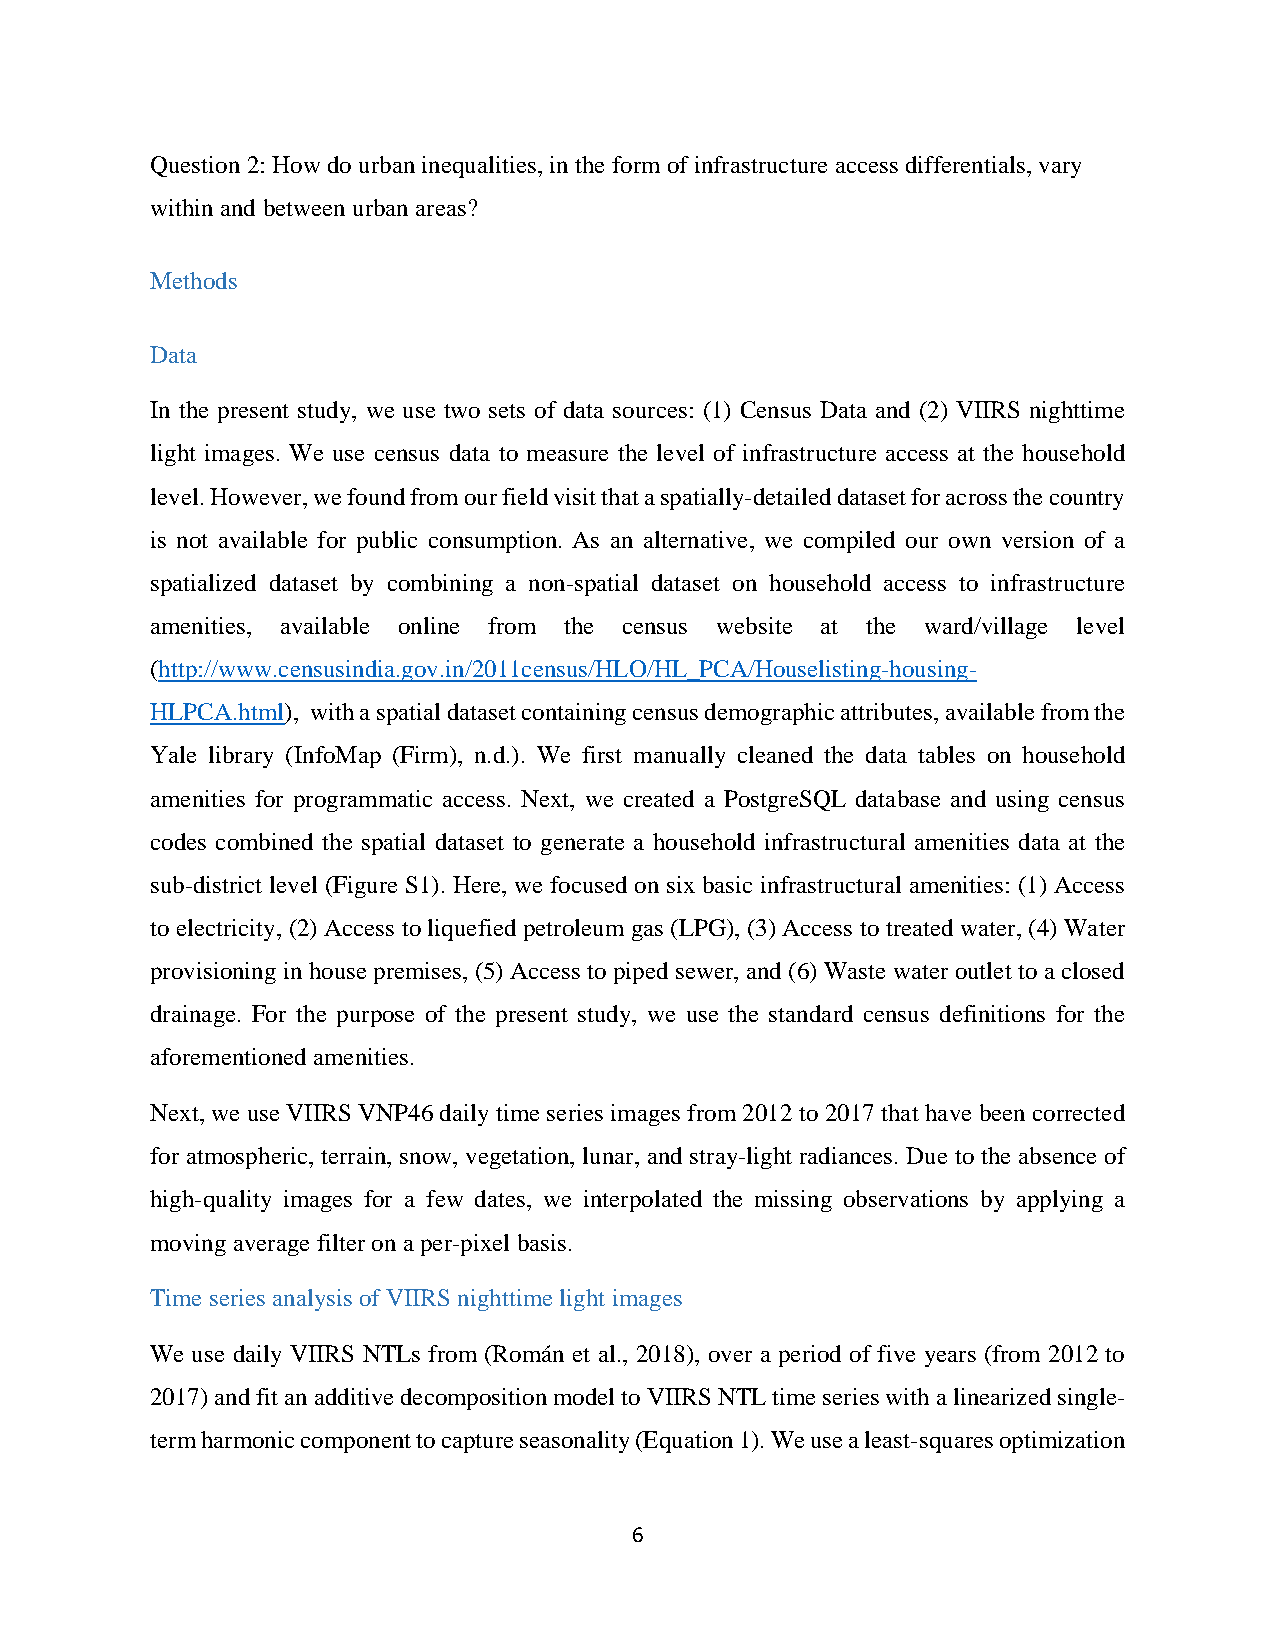
Question 2: How do urban inequalities, in the form of infrastructure access differentials, vary
 within and between urban areas?
 Methods
 Data
 In the present study, we use two sets of data sources: (1) Census Data and (2) VIIRS nighttime
 light images. We use census data to measure the level of infrastructure access at the household
 level. However, we found from our field visit that a spatially-detailed dataset for across the country
 is not available for public consumption. As an alternative, we compiled our own version of a
 spatialized dataset by combining a non-spatial dataset on household access to infrastructure
 amenities, available online from the census website at the ward/village level
 (http://www.censusindia.gov.in/2011census/HLO/HL_PCA/Houselisting-housing-
 HLPCA.html), with a spatial dataset containing census demographic attributes, available from the
 Yale library (InfoMap (Firm), n.d.). We first manually cleaned the data tables on household
 amenities for programmatic access. Next, we created a PostgreSQL database and using census
 codes combined the spatial dataset to generate a household infrastructural amenities data at the
 sub-district level (Figure S1). Here, we focused on six basic infrastructural amenities: (1) Access
 to electricity, (2) Access to liquefied petroleum gas (LPG), (3) Access to treated water, (4) Water
 provisioning in house premises, (5) Access to piped sewer, and (6) Waste water outlet to a closed
 drainage. For the purpose of the present study, we use the standard census definitions for the
 aforementioned amenities.
 Next, we use VIIRS VNP46 daily time series images from 2012 to 2017 that have been corrected
 for atmospheric, terrain, snow, vegetation, lunar, and stray-light radiances. Due to the absence of
 high-quality images for a few dates, we interpolated the missing observations by applying a
 moving average filter on a per-pixel basis.
 Time series analysis of VIIRS nighttime light images
 We use daily VIIRS NTLs from (Román et al., 2018), over a period of five years (from 2012 to
 2017) and fit an additive decomposition model to VIIRS NTL time series with a linearized single-
 term harmonic component to capture seasonality (Equation 1). We use a least-squares optimization
 6